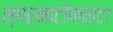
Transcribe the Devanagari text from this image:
स्पर्माटोफाइटा